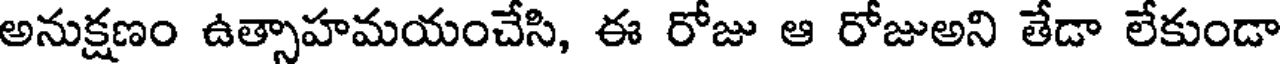
అనుక్షణం ఉత్సాహమయంచేసి, ఈ రోజు ఆ రోజుఅని తేడా లేకుండా